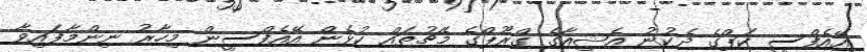
އޭއެފްސީ ކަޕްގެ ދެކުނު އެޝިއާގެ ގްރޫޕްގެ މެޗުތައް ކުޅެން އޭއެފްސީން މިހާރު ނިންމާފައިވާ